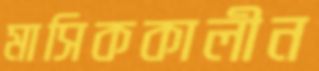
মাসিককালীন